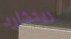
ريتشارد